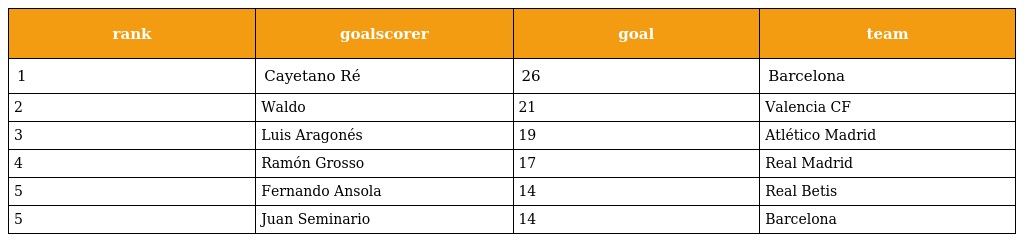
| rank | goalscorer | goal | team |
 | --- | --- | --- | --- |
 | 1 | Cayetano Ré | 26 | Barcelona |
 | 2 | Waldo | 21 | Valencia CF |
 | 3 | Luis Aragonés | 19 | Atlético Madrid |
 | 4 | Ramón Grosso | 17 | Real Madrid |
 | 5 | Fernando Ansola | 14 | Real Betis |
 | 5 | Juan Seminario | 14 | Barcelona |